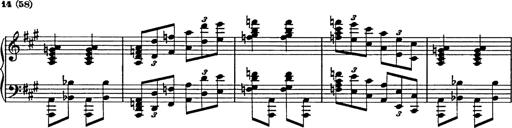
Title: Galop in A minor
Composer: Franz Liszt
Key: A minor